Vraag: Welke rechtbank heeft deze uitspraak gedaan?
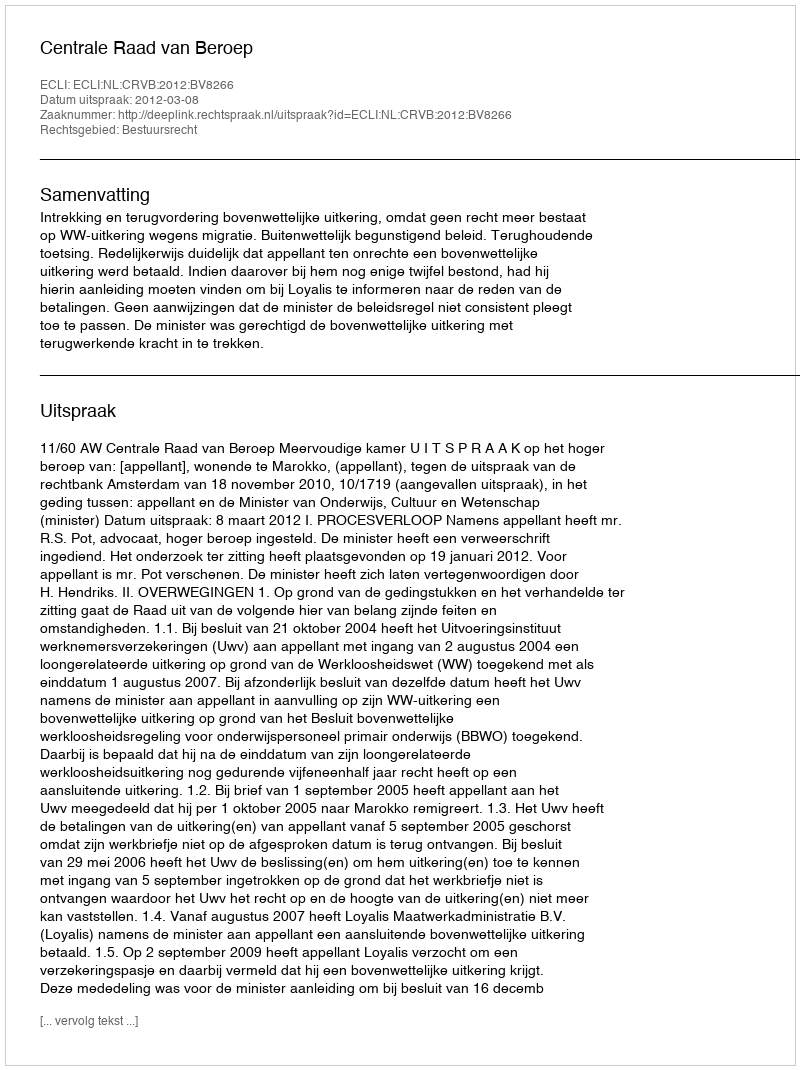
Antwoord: Centrale Raad van Beroep